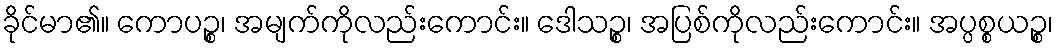
ခိုင်မာ၏။ ကောပဉ္စ၊ အမျက်ကိုလည်းကောင်း။ ဒေါသဉ္စ၊ အပြစ်ကိုလည်းကောင်း။ အပ္ပစ္စယဉ္စ၊